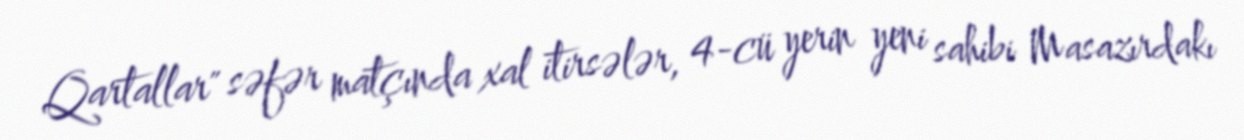
Qartallar" səfər matçında xal itirsələr, 4-cü yerin yeni sahibi Masazırdakı